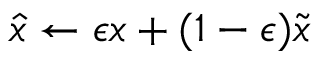
\hat { x } \leftarrow \epsilon { x } + ( 1 - \epsilon ) \tilde { { x } }